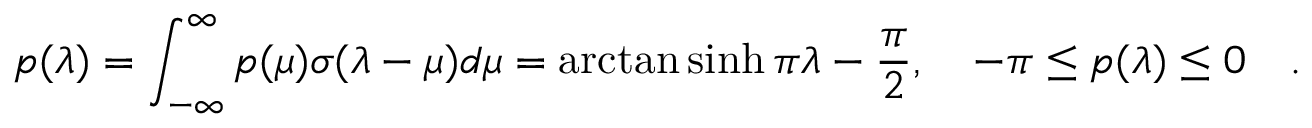
p ( \lambda ) = \int _ { - \infty } ^ { \infty } p ( \mu ) \sigma ( \lambda - \mu ) d \mu = \arctan \sinh \pi \lambda - \frac { \pi } { 2 } , \quad - \pi \leq p ( \lambda ) \leq 0 \quad .